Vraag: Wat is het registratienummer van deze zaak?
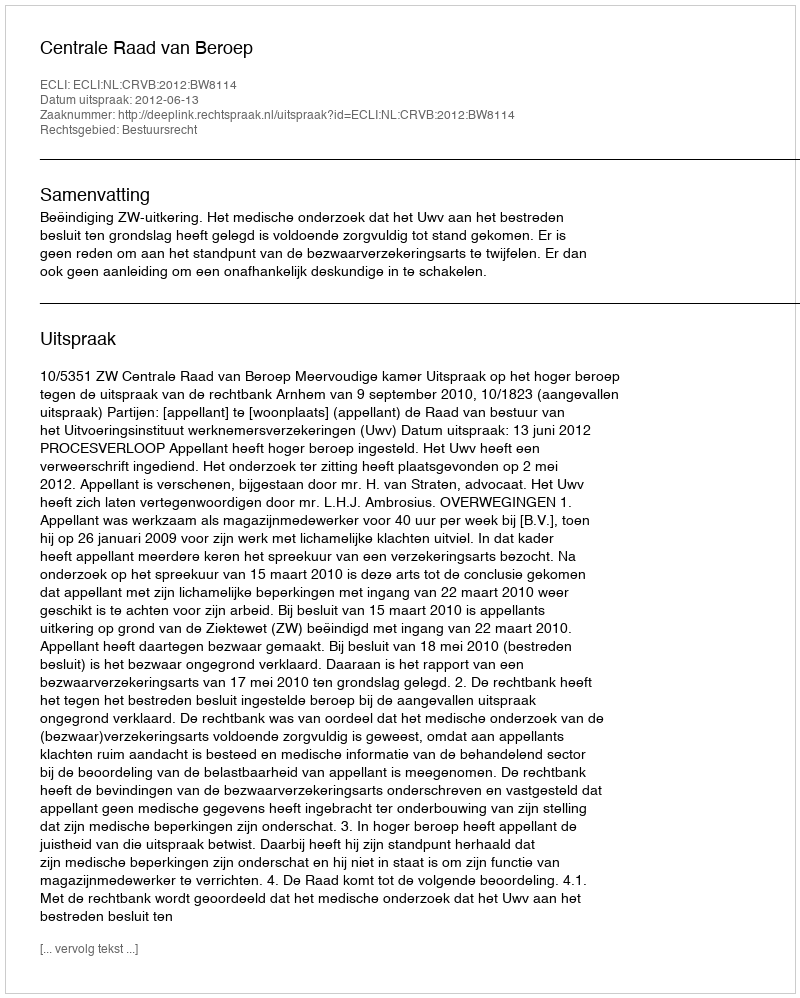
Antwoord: http://deeplink.rechtspraak.nl/uitspraak?id=ECLI:NL:CRVB:2012:BW8114